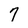
Character: 7